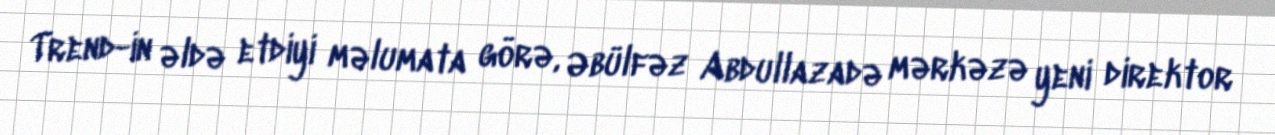
Trend-in əldə etdiyi məlumata görə, Əbülfəz Abdullazadə mərkəzə yeni direktor